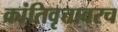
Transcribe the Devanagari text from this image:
क्रांतिवृत्तावरच